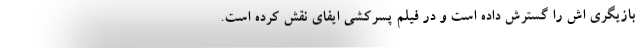
بازیگری اش را گسترش داده است و در فیلم پسرکشی ایفای نقش کرده است.